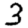
Digit: 3